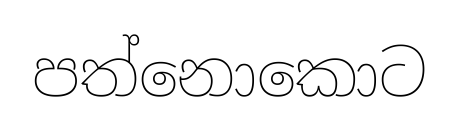
පත්නොකොට